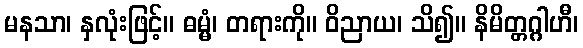
မနသာ၊ နှလုံးဖြင့်။ ဓမ္မံ၊ တရားကို။ ဝိညာယ၊ သိ၍။ နိမိတ္တဂ္ဂါဟီ၊